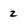
Character: 2